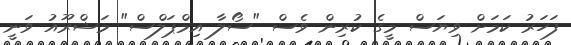
ފަހަރު ކަމަށް ވިޔަސް މީގެ ކުރިން ވެސް "ސޯލާ އިމްޕަލްސް" މަޝްރޫއު ވަނީ